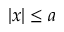
| x | \leq a